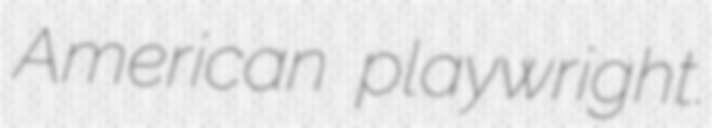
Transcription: American playwright.